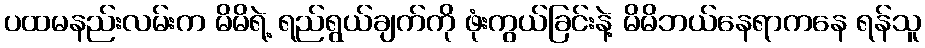
ပထမနည်းလမ်းက မိမိရဲ့ ရည်ရွယ်ချက်ကို ဖုံးကွယ်ခြင်းနဲ့ မိမိဘယ်နေရာကနေ ရန်သူ